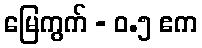
မြေကွက် - ၀.၅ ဧက